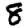
Digit: 8